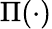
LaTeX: \Pi(\cdot)